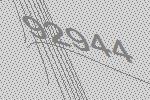
92944